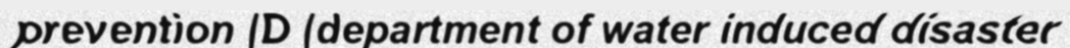
prevention (D (department of water induced disaster